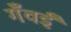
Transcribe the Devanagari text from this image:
गँवईं